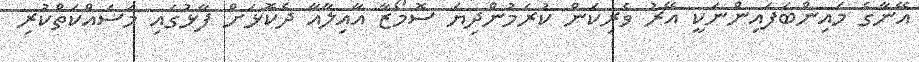
އޭނާގެ މައިންބަފައިންނަކީ އޭރު ވެރިކަން ކުރަމުންދިޔަ ސޮމޯޒާ އާއިލާއާ ދެކޮޅަށް ފާޅުގައި މަސައްކަތްކުރި